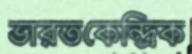
ভারতকেন্দ্রিক